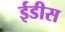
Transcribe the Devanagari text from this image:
ईडीस